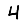
Digit: 4